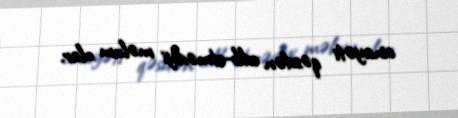
cinayəti qəsdən edib-etmədiyi məlum olar.